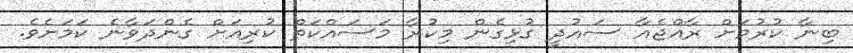
ބިނާ ކުރުމަށް ރާއްޖެއާ ސައުދީ ގުޅިގެން މިކުރާ މަސައްކަތް ކުރިއަށް ގެންދަވާނެ ކަމަށެވެ.